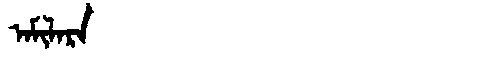
Manchu: ᠠᠮᡳᠯᠠᡵᠠ
Romanization: AMILARA